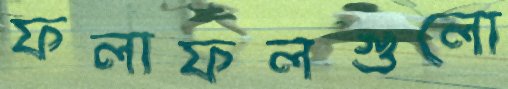
ফলাফলগুলো